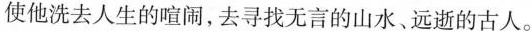
使他洗去人生的喧闹，去寻找无言的山水、远逝的古人。